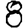
Digit: 8